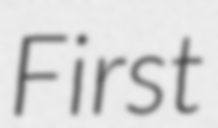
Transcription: First